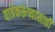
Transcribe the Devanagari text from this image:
यात्रेकरूंच्यासाठी